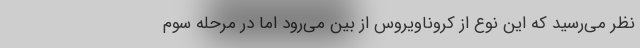
نظر می‌رسید که این نوع از کروناویروس از بین می‌رود اما در مرحله سوم